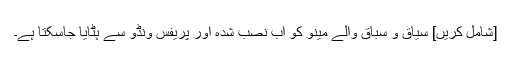
[شامل کریں] سیاق و سباق والے مینو کو اب نصب شدہ اور پریفس ونڈو سے ہٹایا جاسکتا ہے۔